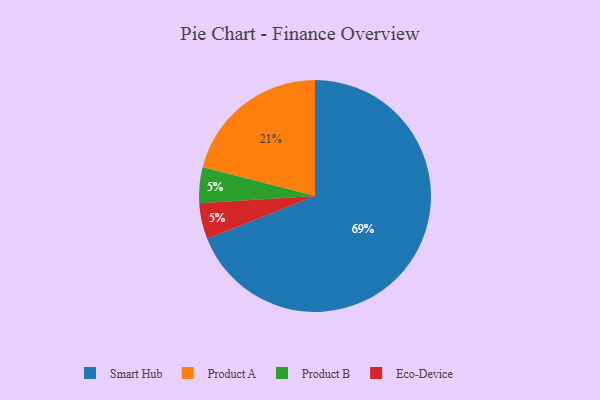
{"axis": {"x": "Category", "y": "Percentage"}, "legend": ["Eco-Device", "Product A", "Product B", "Smart Hub"], "data": [{"x": "Smart Hub", "y": 69, "type": "Smart Hub"}, {"x": "Product B", "y": 5, "type": "Product B"}, {"x": "Eco-Device", "y": 5, "type": "Eco-Device"}, {"x": "Product A", "y": 21, "type": "Product A"}]}